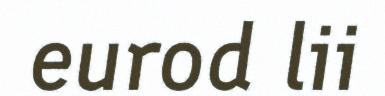
eurod lii